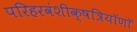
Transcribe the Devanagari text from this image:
परिहरवंशीक्षत्रियॉणॉ